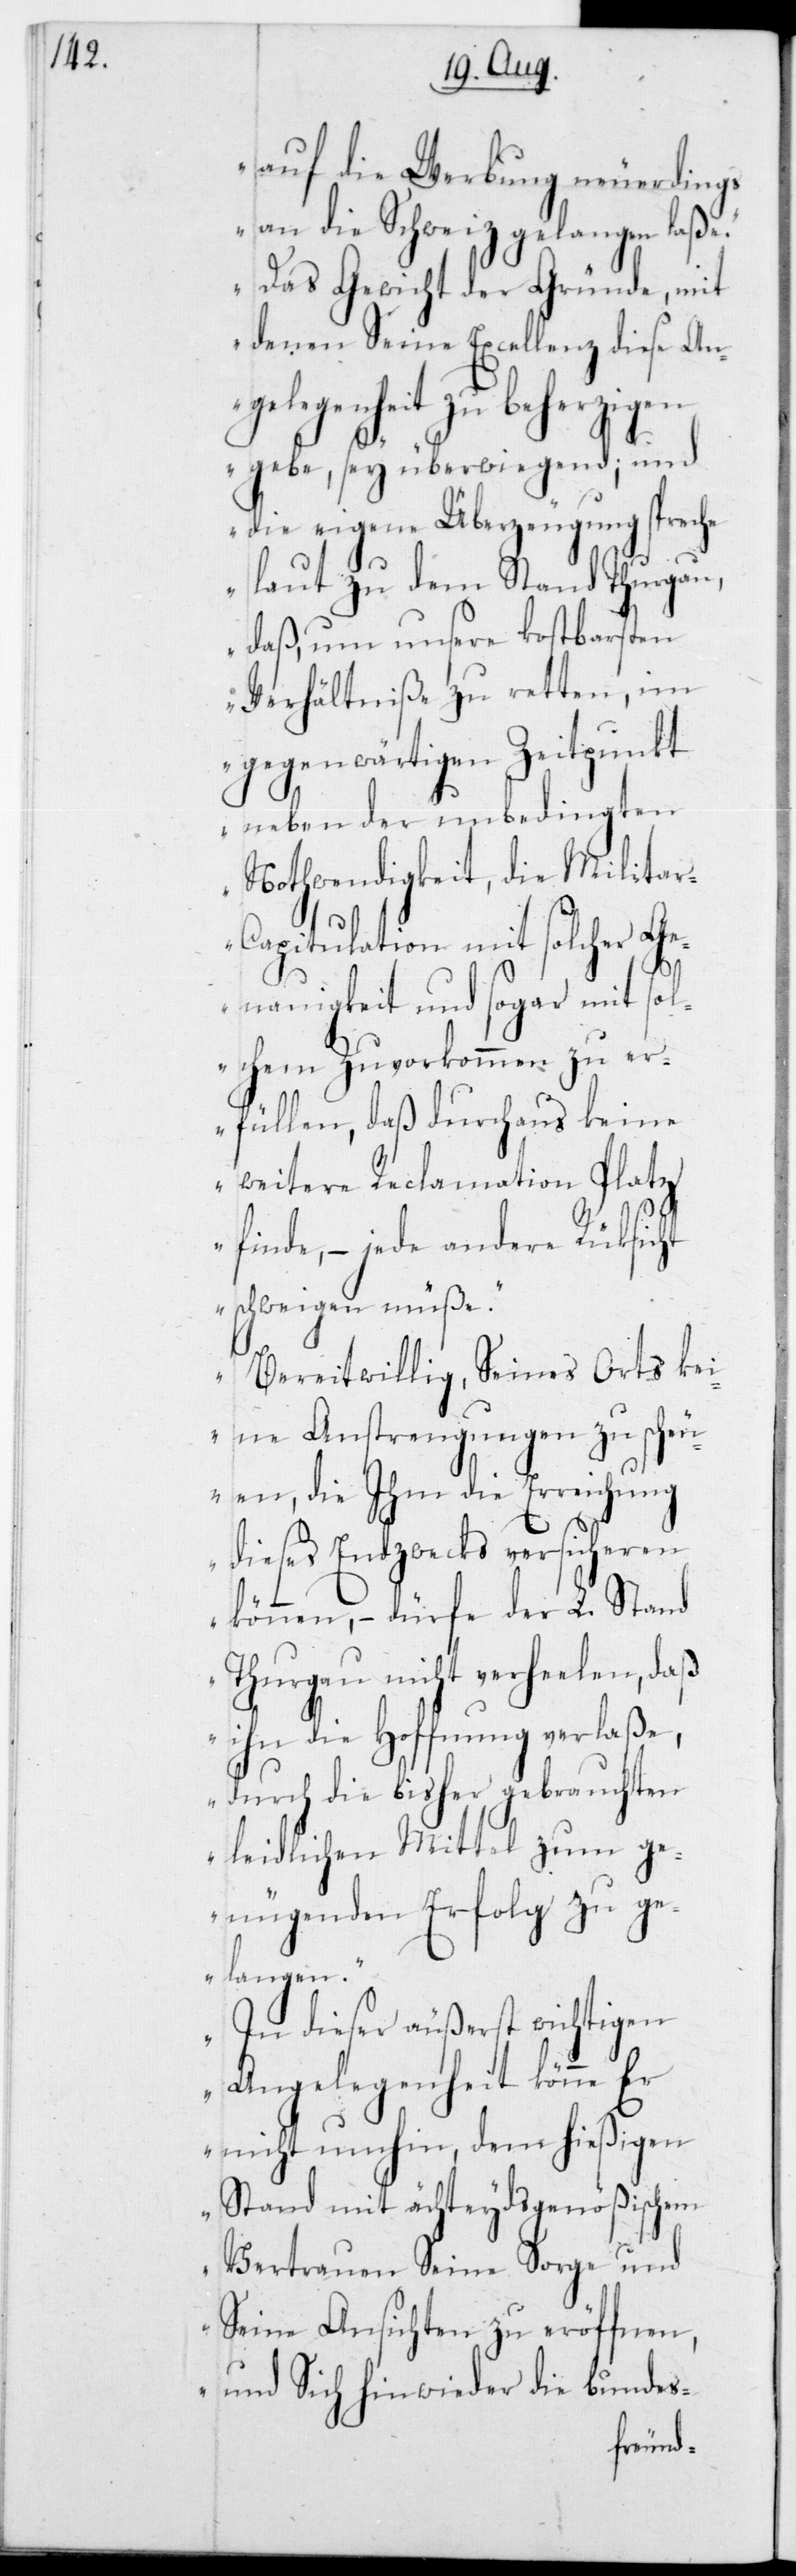
auf die Werbung neuerdings
an die Schweiz gelangen laße.
Das Gewicht der Gründe, mit
denen Seine Excellenz,diese An¬
gelegenheit zu beherzigen
gebe, sey überwiegend; und
die eigene Überzeugung spreche
laut zu demStand Thurgau,
daß, um unsere kostbaren
Verhältniße zu retten, im
gegenwärtigen Zeitpunkt
neben der unbedingten
Nothwendigkeit, die Milita¬
r-Capitulation mit solcher Ge¬
nauigkeit und sogar mit sol¬
chem Zuvorkommen zu er¬
füllen, daß durchaus keine
weitere Reclamation Platz
finde, – jede andere Rücksicht
schweigen müße.
Bereitwillig, seines Orts kei¬
ne Anstrengungen zu scheu¬
en, die ihm die Erreichung
dieses Endzwecks versicheren
können, – dürfe der L. Stand
Thurgau nicht verheelen, daß
ihn die Hoffnung verlaße,
durch die bisher gebrauchten
leidlichen Mittel zum ge¬
nügenden Erfolg zu ge¬
langen.
In dieser äußerst wichtigen
Angelegenheit könne er
nicht umhin, dem hießigen¬
Stand mit ächteydsgenößischem
Vertrauen seine Sorge und
seine Ansichten zu eröffnen,
und sich hinwieder die bundes-